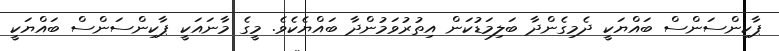
ޕާކިންސަންސް ބައްޔަކީ ދެމިގެންދާ ބަލިމަޑުކަން އިތުރުވަމުންދާ ބައްޔެކެވެ. މީގެ މާނައަކީ ޕާކިންސަންސް ބައްޔަކީ